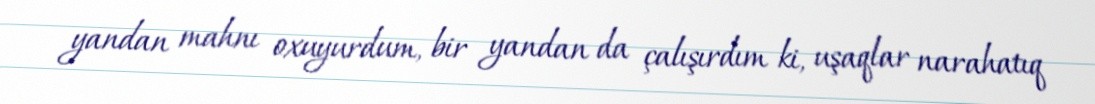
yandan mahnı oxuyurdum, bir yandan da çalışırdım ki, uşaqlar narahatıq